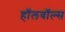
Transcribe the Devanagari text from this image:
हॉलवॉल्स